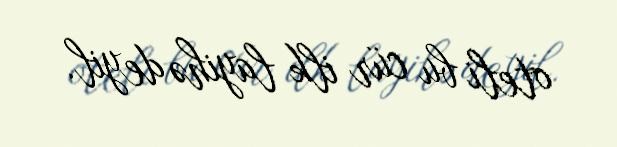
oteli bu cür ilk layihə deyil.